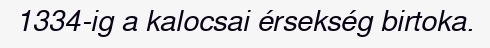
1334-ig a kalocsai érsekség birtoka.